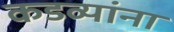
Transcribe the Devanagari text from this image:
कडव्यांना